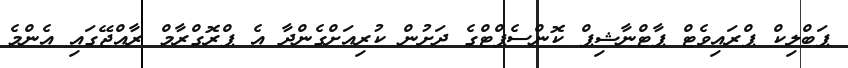
ޕަބްލިކް ޕްރައިވެޓް ޕާޓްނާޝިޕް ކޮންސެޕްޓްގެ ދަށުން ކުރިއަށްގެންދާ އެ ޕްރޮގްރާމް ރާއްޖޭގައި އެންމެ